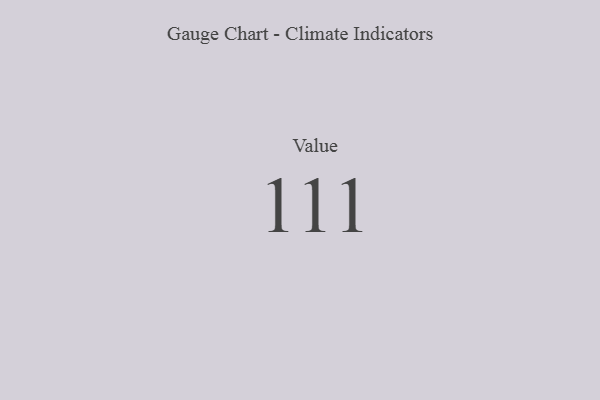
{"axis": {"x": "Metric", "y": "Value"}, "legend": [""], "data": [{"x": "Value", "y": 111, "type": ""}]}